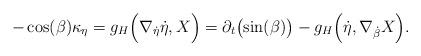
LaTeX: \begin{align*}-\cos(\beta)\kappa_\eta=g_H\Bigl(\nabla_{\dot\eta}\dot\eta,X\Bigr)=\partial_t\bigl(\sin(\beta)\bigr)-g_H\Bigl(\dot\eta,\nabla_{\dot\beta}X\Bigr).\end{align*}